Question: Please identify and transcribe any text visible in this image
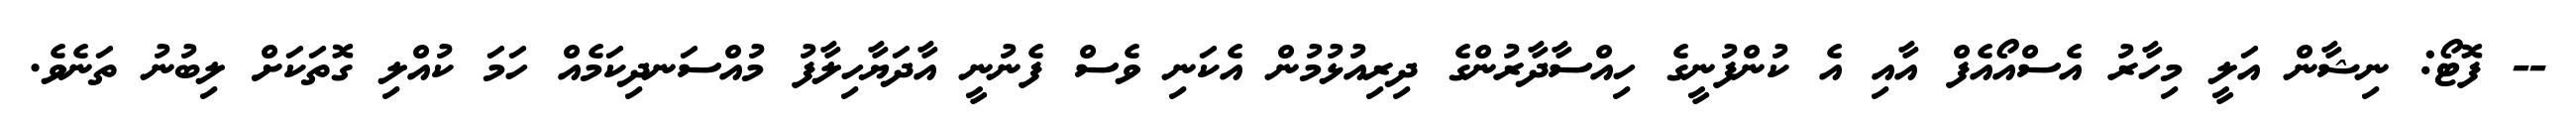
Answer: -- ފޮޓޯ: ނިޝާން އަލީ މިހާރު އެސްއޯއެފް އާއި އެ ކުންފުނީގެ ހިއްސާދާރުންގެ ދިރިއުޅުމުން އެކަނި ވެސް ފެނުނީ އާދަޔާހިލާފު މުއްސަނދިކަމެއް ހަމަ ކުއްލި ގޮތަކަށް ލިބުނު ތަނެވެ.